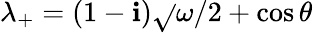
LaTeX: \lambda_{+}=(1-\mathbf{i})\sqrt{}{{\omega/2+\cos{\theta}}}